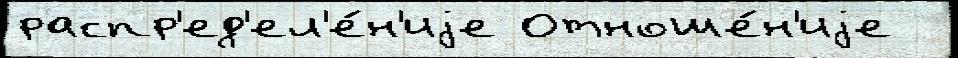
распр'ед'ел'е́н'иjе Отноше́н'иjе